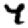
Digit: 4